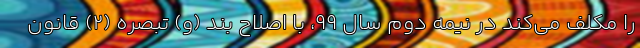
را مکلف می‌کند در نیمه دوم سال ۹۹، با اصلاح بند (و) تبصره (۲) قانون